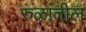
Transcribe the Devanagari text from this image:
रुळांतील